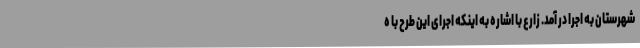
شهرستان به اجرا در آمد. زارع با اشاره به اینکه اجرای این طرح با ه